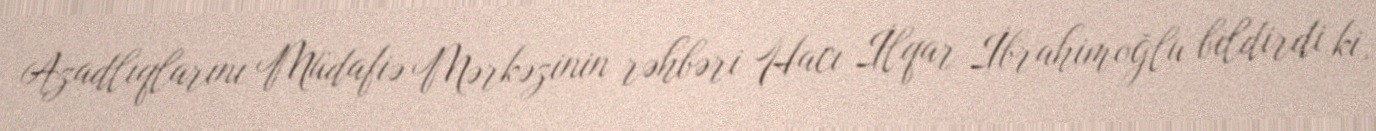
Azadlıqlarını Müdafiə Mərkəzinin rəhbəri Hacı İlqar İbrahimoğlu bildirdi ki,